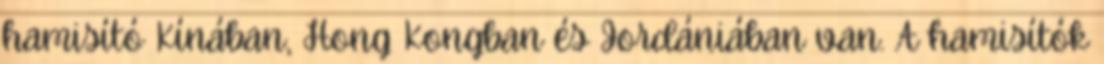
hamisító Kínában, Hong Kongban és Jordániában van. A hamisítók